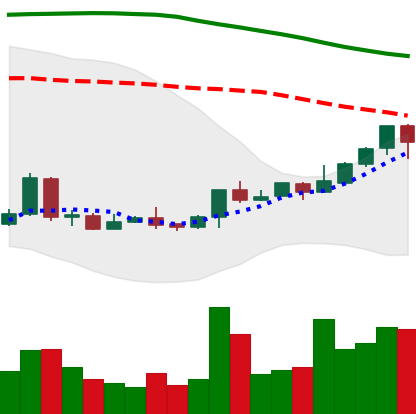
Ticker: LTC-USD
Chart end date: 2018-04-21
Forward return: 3.186%
Label: up_3_5